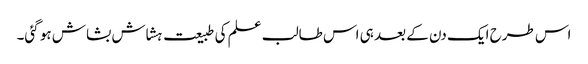
اس طرح ایک دن کے بعد ہی اس طالب علم کی طبیعت ہشاش بشاش ہو گئی۔